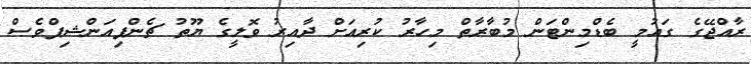
ރާއްޖޭގެ ގައުމީ ބެޑްމިންޓަން މުބާރާތް މިހާރު ކުރިއަށް ދާއިރު ވޮލީގެ ޔޫތު ޗެންޕިއަންޝިޕްވެސް